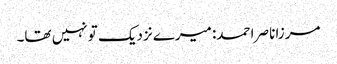
مرزا ناصر احمد: میرے نزدیک تو نہیں تھا۔